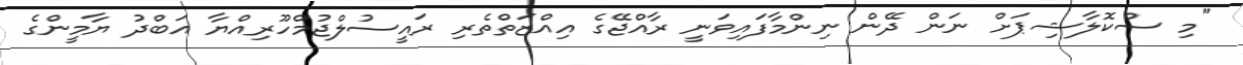
"މި ސްކޮލާޝިޕަށް ނަން ދޭން ނިންމާފައިވަނީ ރާއްޖޭގެ އިއްޒަތްތެރި ރައީސުލްޖުމްހޫރިއްޔާ އަބްދު ޔާމީންގެ